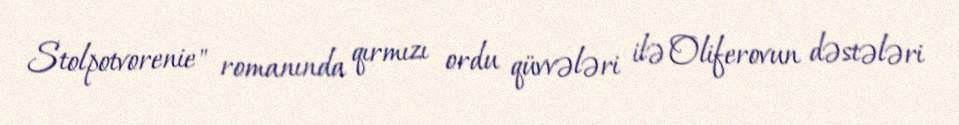
Stolpotvorenie" romanında qırmızı ordu qüvvələri ilə Oliferovun dəstələri